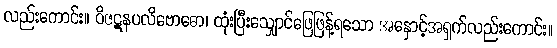
လည်းကောင်း။ ဝိဇဋနပလိဗောဓော၊ ထုံးပြီးသျှောင်ဖြေဖြန့်ရသော အနှောင့်အရှက်လည်းကောင်း။